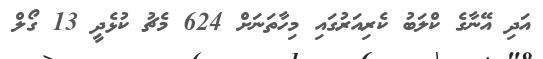
އަދި އޭނާގެ ކްލަބު ކެރިއަރުގައި މިހާތަނަށް 624 މެޗު ކުޅެދީ 13 ގޯލް